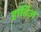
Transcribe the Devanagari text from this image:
हार्डिज़